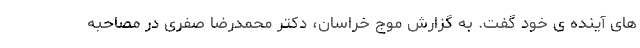
های آینده ی خود گفت. به گزارش موج خراسان، دکتر محمدرضا صفری در مصاحبه